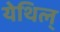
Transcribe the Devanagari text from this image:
येथिल्